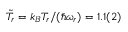
\tilde { T } _ { r } = k _ { B } T _ { r } / ( \hbar \omega _ { r } ) = 1 . 1 ( 2 )